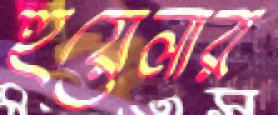
হুয়েলার